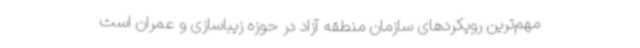
مهم‌ترین رویکردهای سازمان منطقه آزاد در حوزه زیباسازی و عمران است